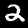
Label: 2